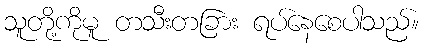
သူတို့ကိုမူ တသီးတခြား ရပ်နေစေပါသည်။